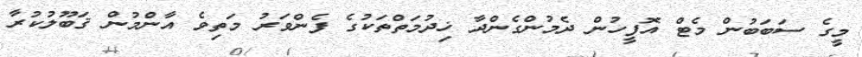
މީގެ ސަބަބުން މެޓް އޮފީހުން ދެމުންގެންދާ ޚިދުމަތްތަކުގެ ފެންވަރު މަތިވެ އާންމުން ޤަބޫލުކުރާ